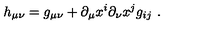
h _ { \mu \nu } = g _ { \mu \nu } + \partial _ { \mu } x ^ { i } \partial _ { \nu } x ^ { j } g _ { i j } \ .